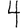
Digit: 4